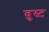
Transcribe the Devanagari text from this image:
वुस्ट